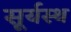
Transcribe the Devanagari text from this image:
सूर्यस्थ